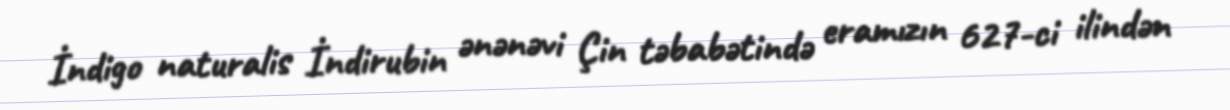
İndigo naturalis İndirubin ənənəvi Çin təbabətində eramızın 627-ci ilindən